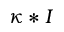
\kappa * I